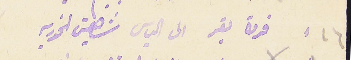
١٦ فردة بقر الى الياس شاهين الخوريه